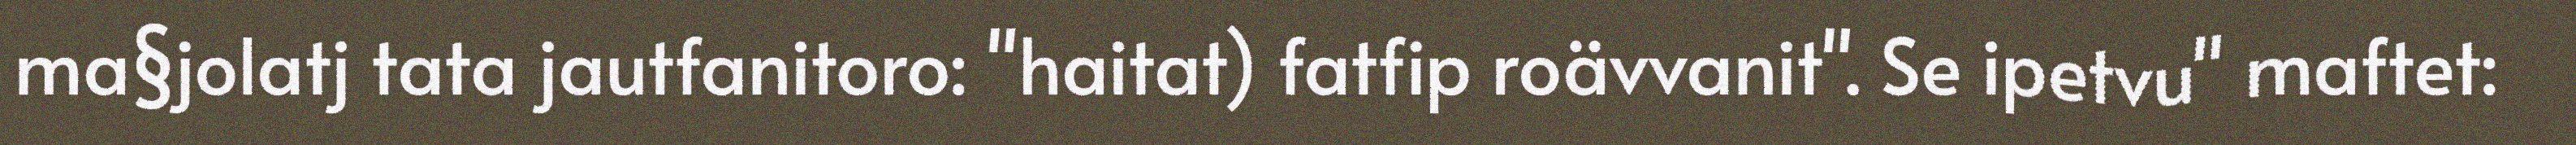
ma§jolatj tata jautfanitoro: "haitat) fatfip roävvanit". Se ipetvu" maftet: